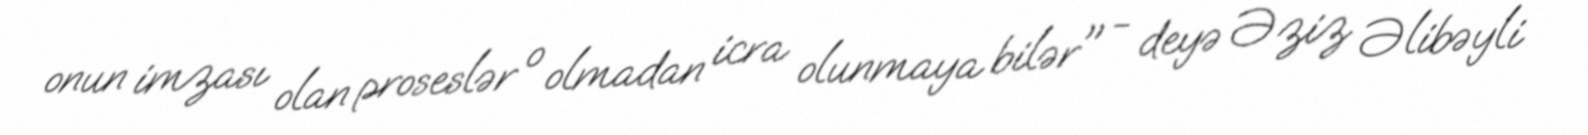
onun imzası olan proseslər o olmadan icra olunmaya bilər" - deyə Əziz Əlibəyli